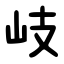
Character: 岐